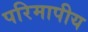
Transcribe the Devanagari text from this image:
परिमापीय